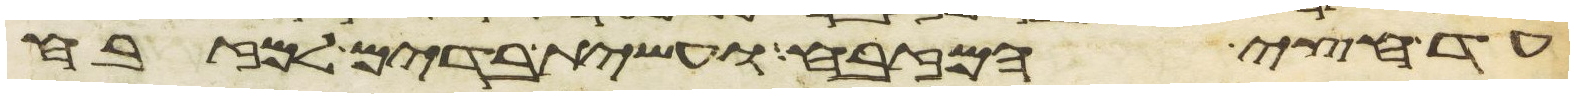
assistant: עד חצי המזבח ועשית בדים למזבח